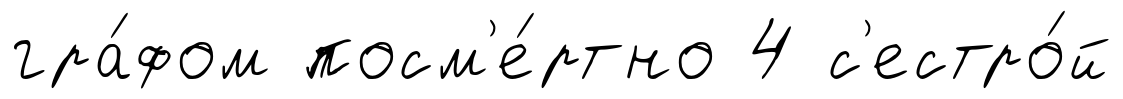
гра́фом посм'е́ртно 4 с'естро́й